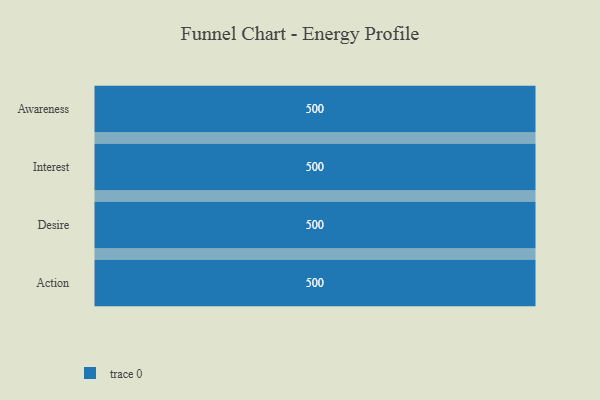
{"axis": {"x": "Stage", "y": "Value"}, "legend": [""], "data": [{"x": "Awareness", "y": 500, "type": ""}, {"x": "Interest", "y": 500, "type": ""}, {"x": "Desire", "y": 500, "type": ""}, {"x": "Action", "y": 500, "type": ""}]}